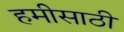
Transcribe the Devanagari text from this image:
हमीसाठी